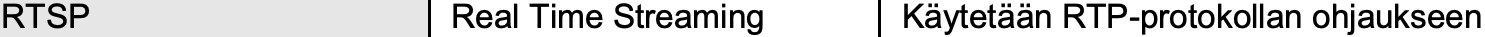
RTSP           Real Time Streaming Käytetään RTP-protokollan ohjaukseen